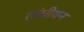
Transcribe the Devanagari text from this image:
लांघीयन